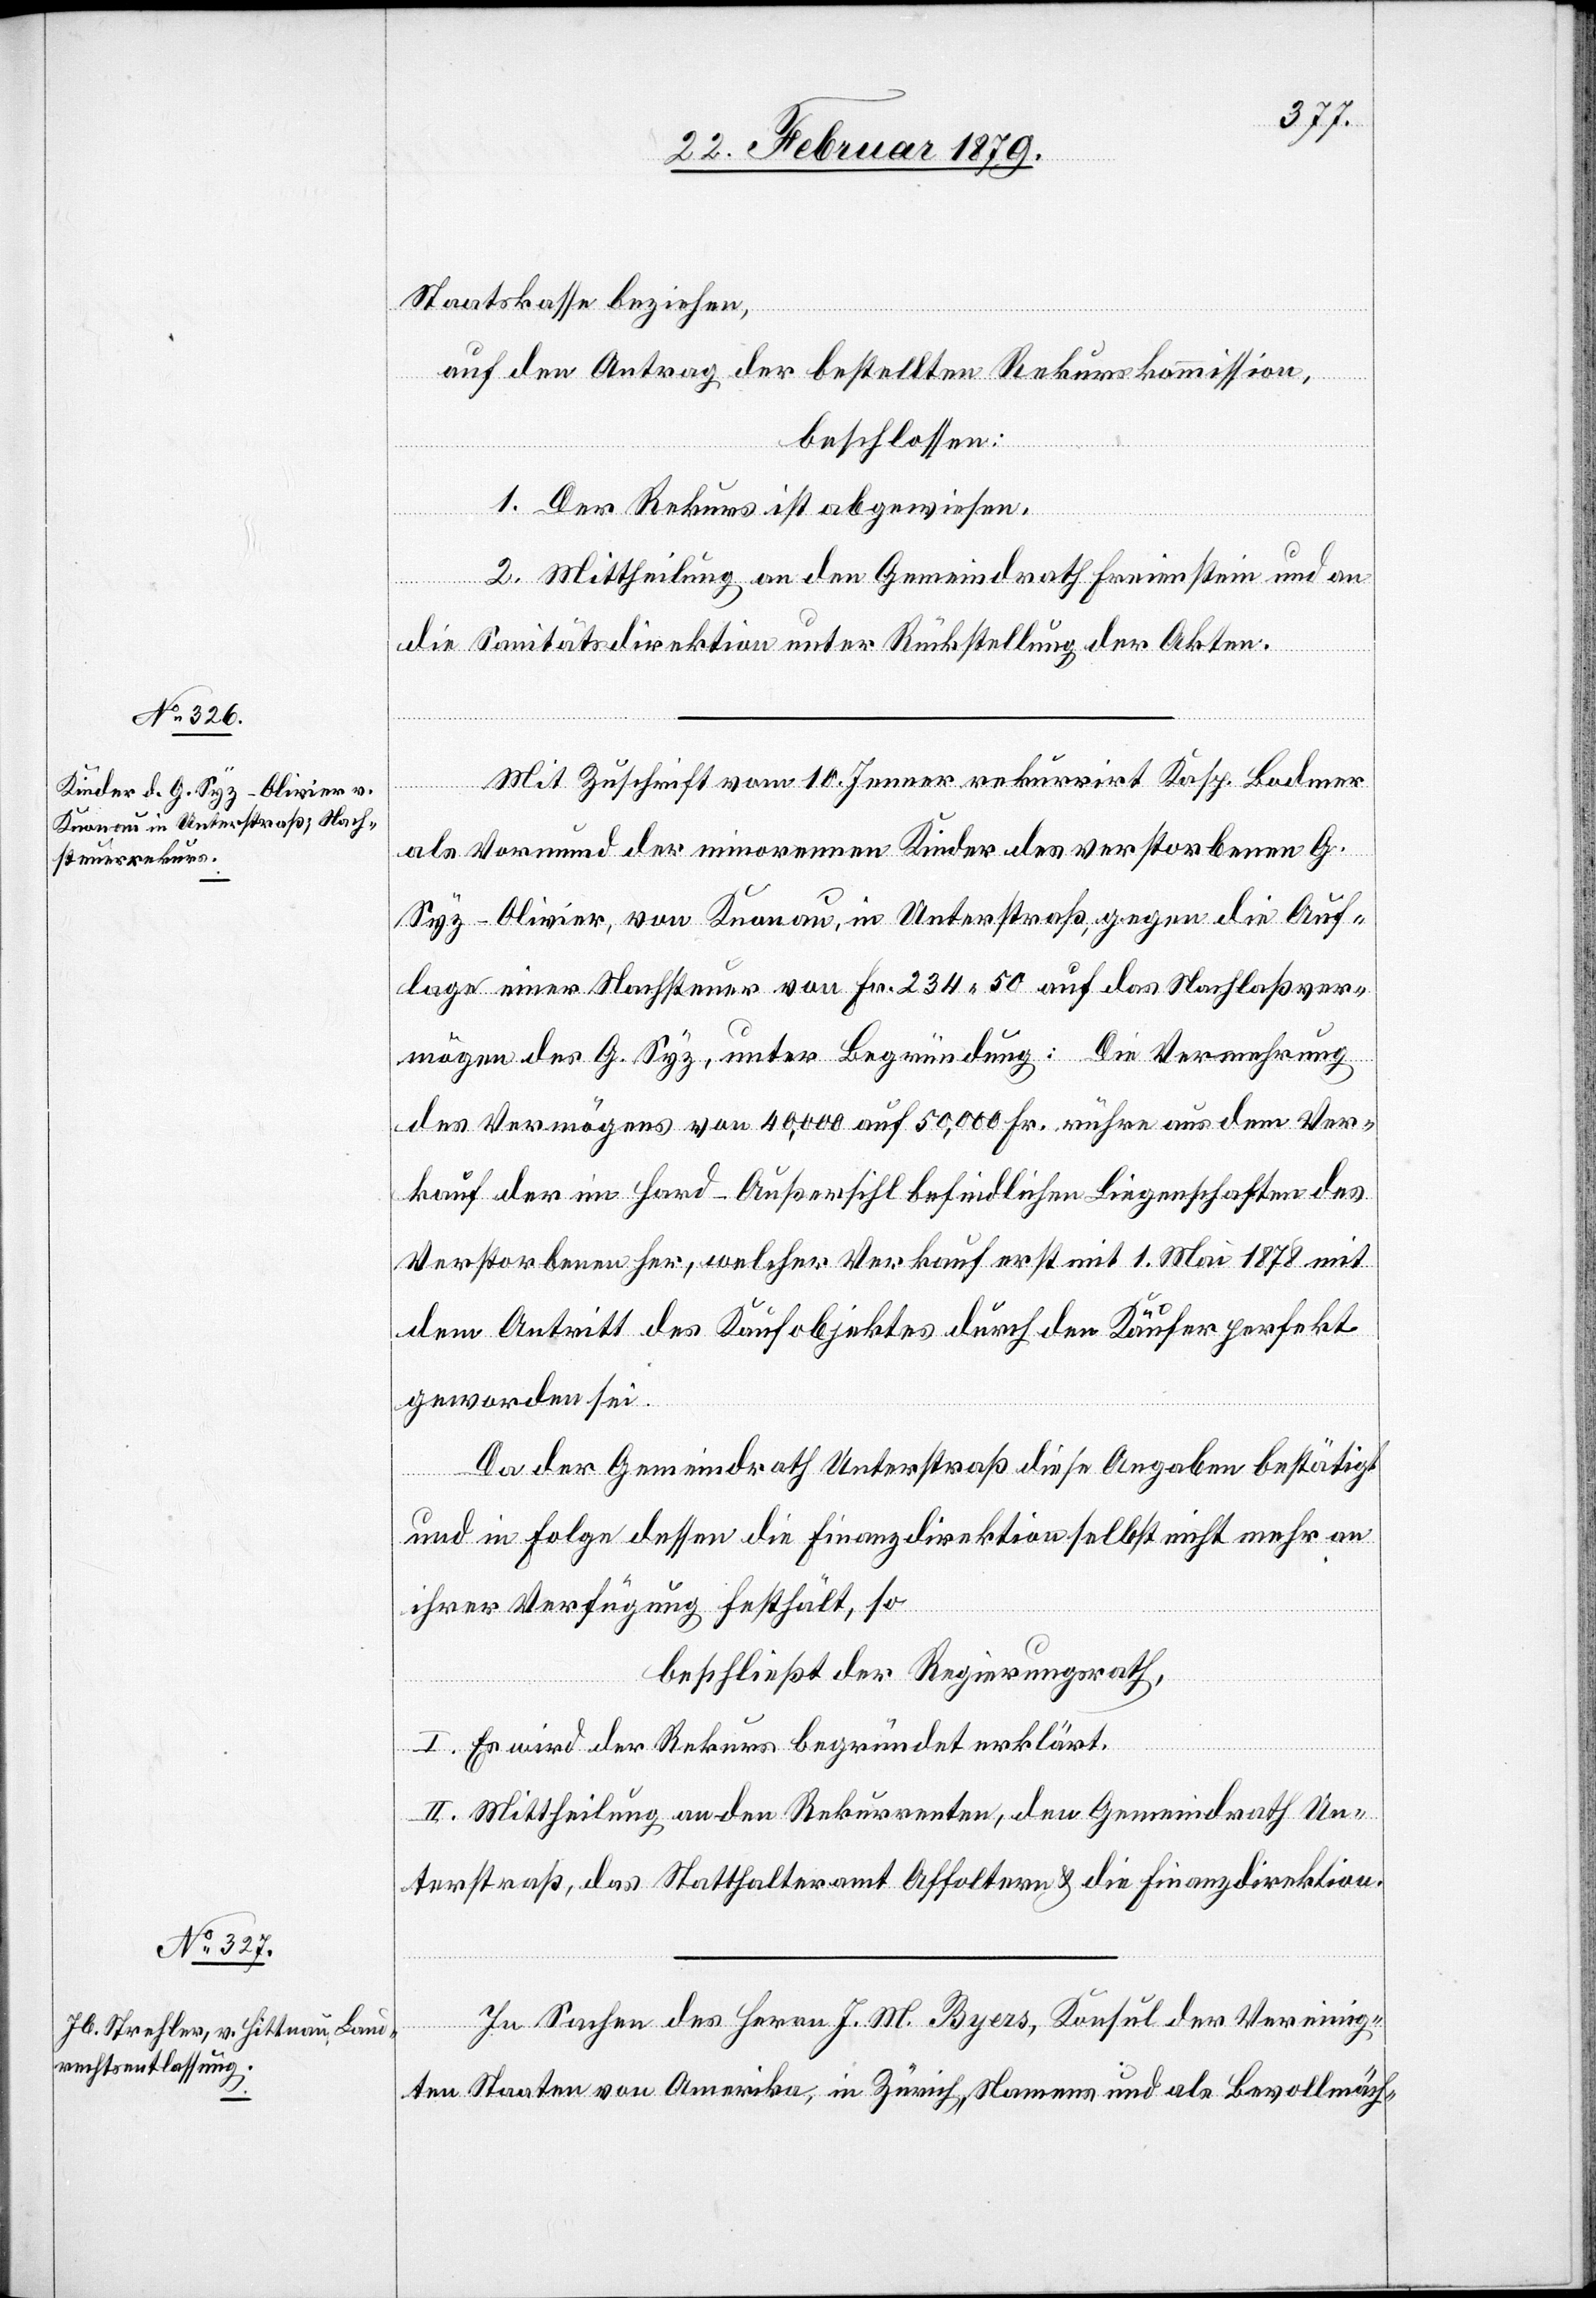
Staatskasse beziehen,
auf den Antrag der bestellten Rekurskommission,
beschlossen:
1. Der Rekurs ist abgewiesen.
2. Mittheilung an den Gemeindrath Freienstein und an
die Sanitätsdirektion unter Rückstellung der Akten.
Mit Zuschrift vom 10. Jenner rekurrirt Kasp. Bodmer
als Vormund der minorennen Kinder des verstorbenen G.
Syz-Olivier, von Knonau, in Unterstraß, gegen die Auf¬
lage einer Nachsteuer von Fr. 234.50 auf das Nachlaßver¬
mögen des G. Syz, unter Begründung: Die Vermehrung
des Vermögens von 40,000 auf 50,000 Fr. rühre aus dem Ver¬
kauf der im Hard - Außersihl befindlichen Liegenschaften des
Verstorbenen her, welcher Verkauf erst mit 1. Mai 1878 mit
dem Antritt des Kaufobjektes durch den Käufer perfekt
geworden sei.
Da der Gemeindrath Unterstraß diese Angaben bestätigt
und in Folge dessen die Finanzdirektion selbst nicht mehr an
iherer Verfügung festhält, so
beschließt der Regierungsrath,
I. Es wird der Rekurs begründet erklärt.
II. Mittheilung an den Rekurrenten, den Gemeindrath Un¬
terstraß, das Statthalteramt Affoltern & die Finanzdirektion.
In Sachen des Herrn J. M. Byers, Konsul der Vereinig¬
ten Staaten von Amerika, in Zürich, Namens und als Bevollmäch-